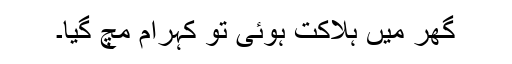
گھر میں ہلاکت ہوئی تو کہرام مچ گیا۔